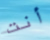
أنت